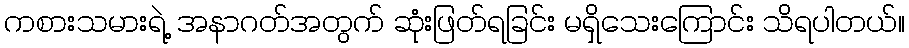
ကစားသမားရဲ့ အနာဂတ်အတွက် ဆုံးဖြတ်ရခြင်း မရှိသေးကြောင်း သိရပါတယ်။